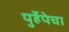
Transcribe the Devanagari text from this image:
पुर्हेपेचा